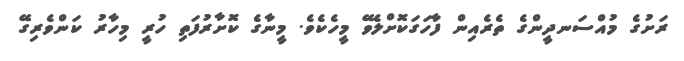
ރަށުގެ މުއްސަނދީންގެ ތެރެއިން ފާހަގަކޮށްލެވޭ މީހެކެވެ. މީނާގެ ކޮށާރުފަތި ހުރީ މިހާރު ކަންވެރިގޭ